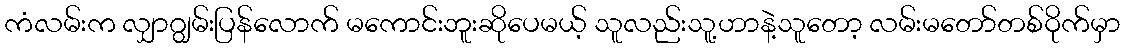
ကံလမ်းက လျှာဂျွမ်းပြန်လောက် မကောင်းဘူးဆိုပေမယ့် သူလည်းသူ့ဟာနဲ့သူတော့ လမ်းမတော်တစ်ဝိုက်မှာ